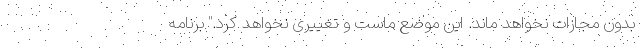
بدون مجازات نخواهد ماند. این موضع ماست و تغییری نخواهد کرد." برنامه